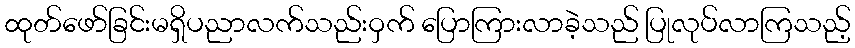
ထုတ်ဖော်ခြင်းမရှိပညာလက်သည်းဝှက် ပြောကြားလာခဲ့သည် ပြုလုပ်လာကြသည့်